Bréfritari: Ásgeir Tryggvi Friðgeirsson
Viðtakandi: Einar Friðgeirsson
Dagsetning: A-1896-08-23
Skrifað á: Bíldudal  V-Barð.
Ásgeir er bróðir Einars

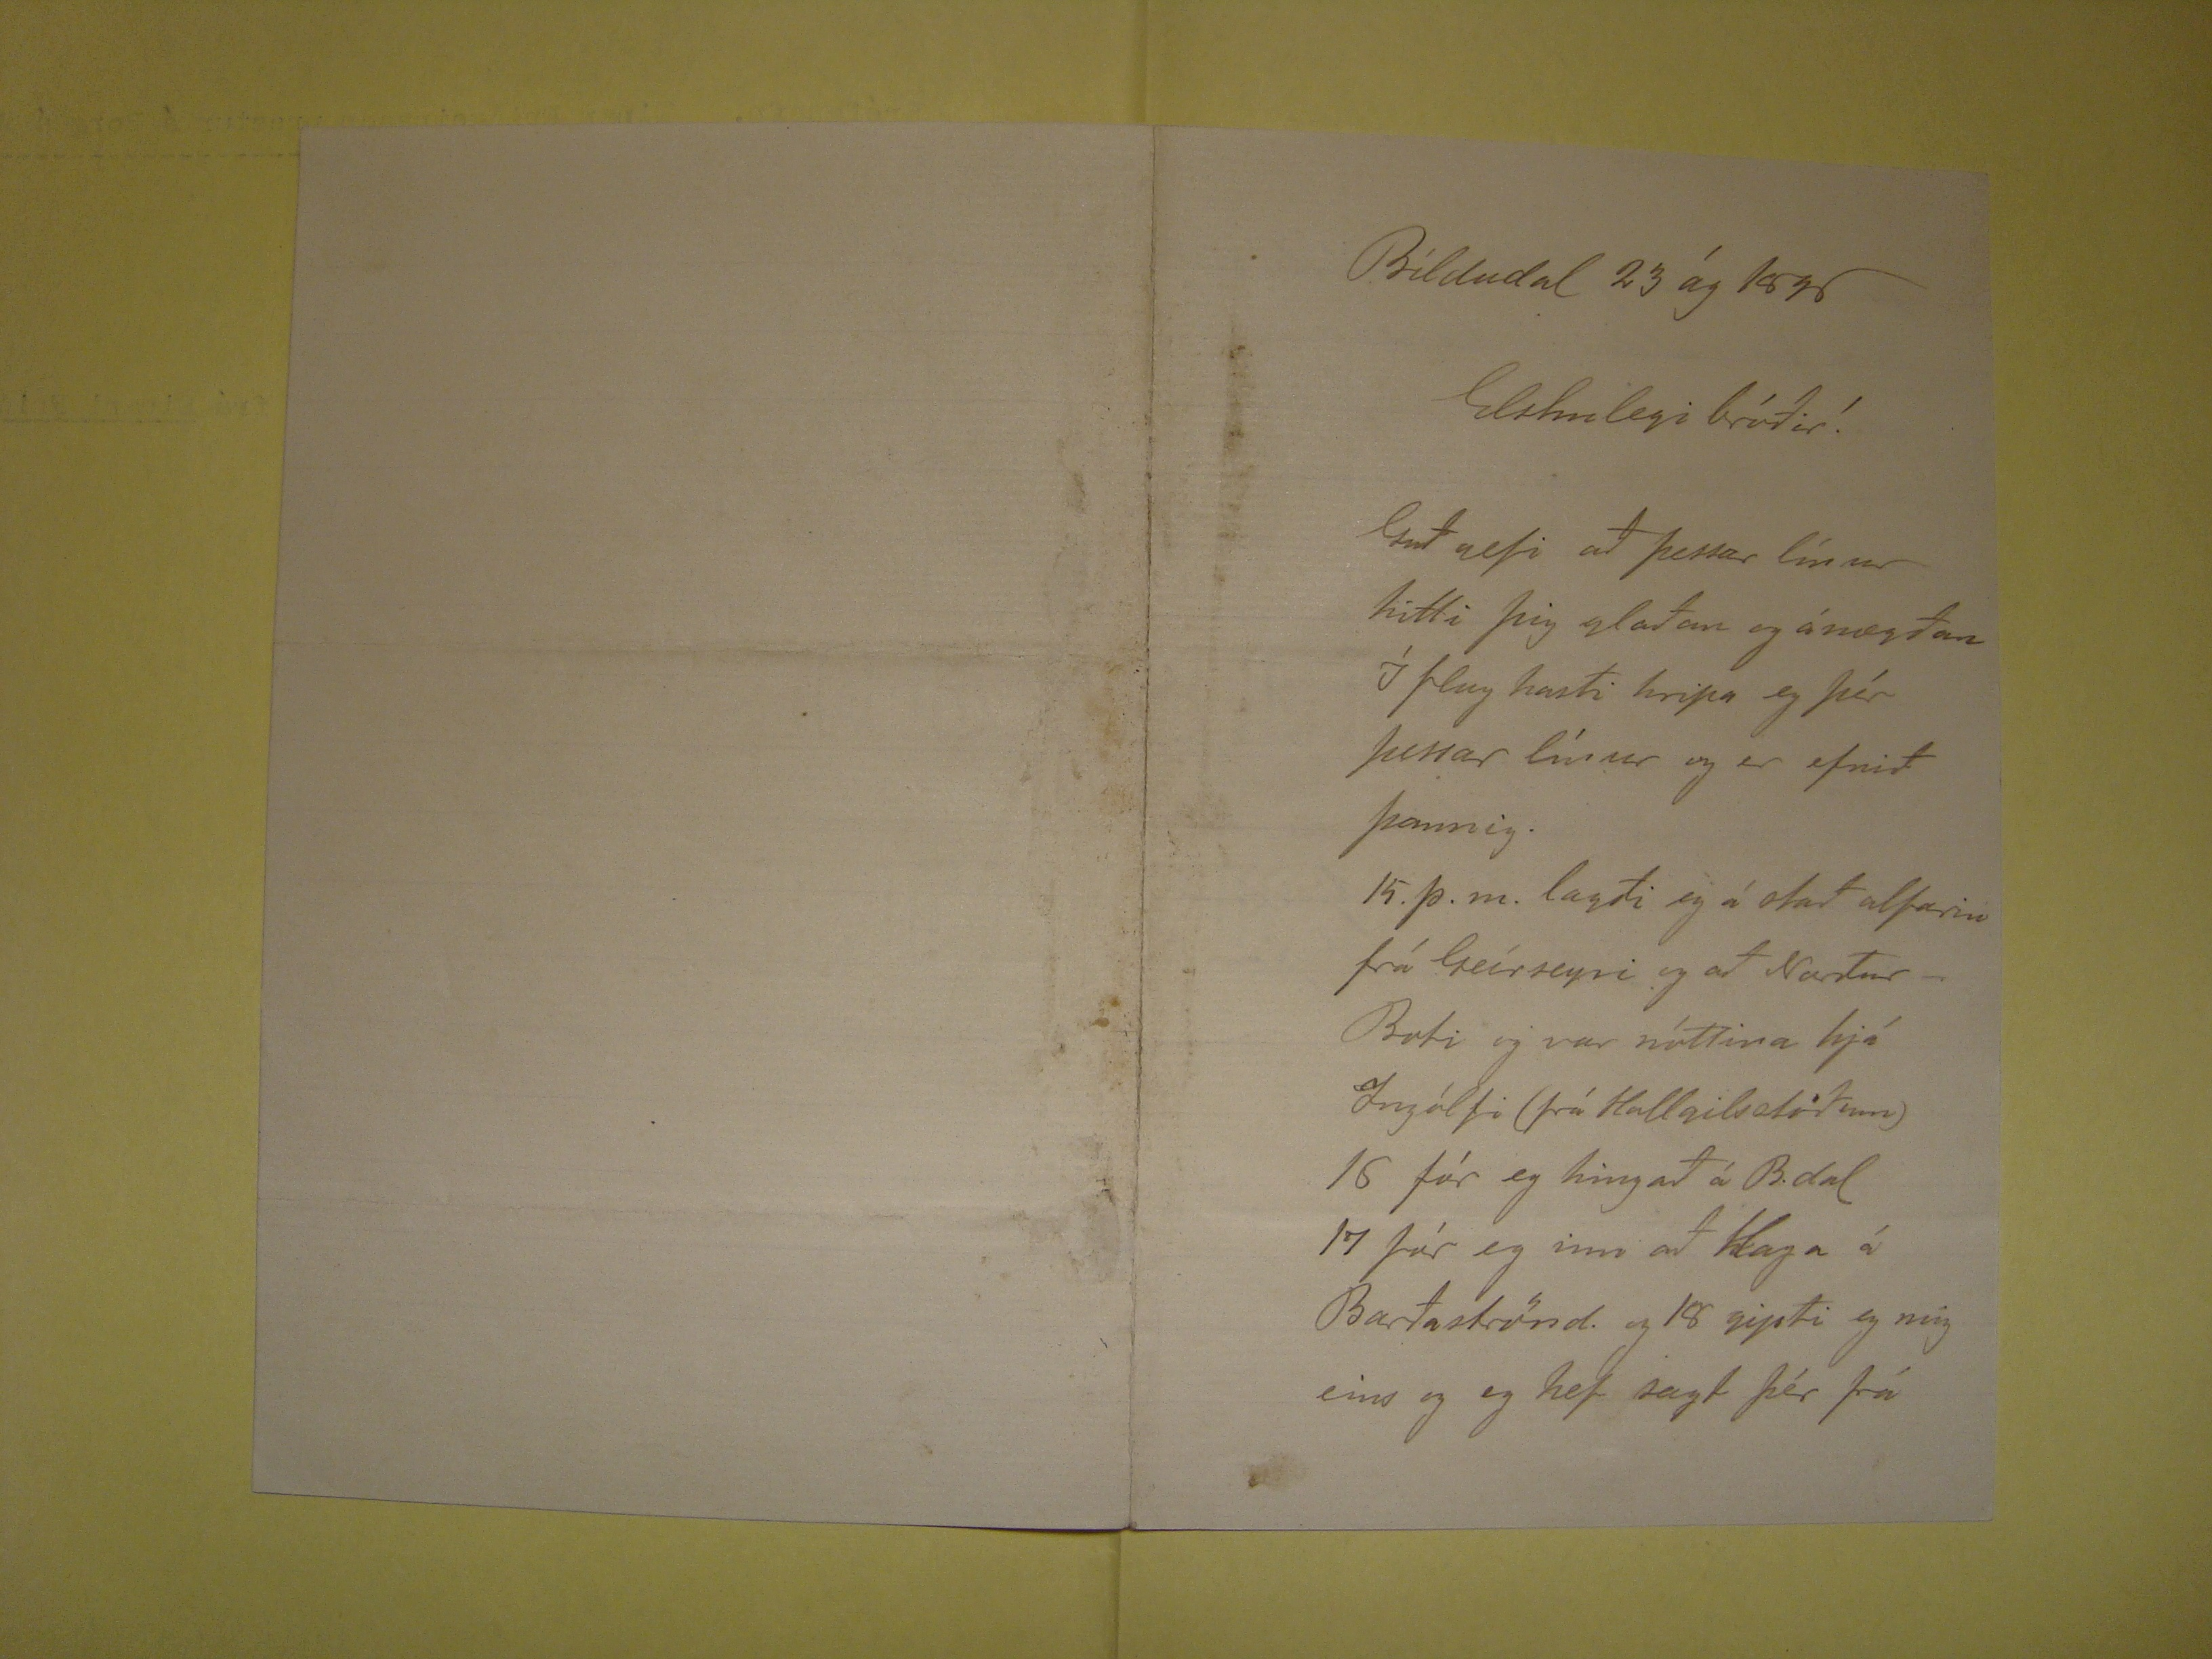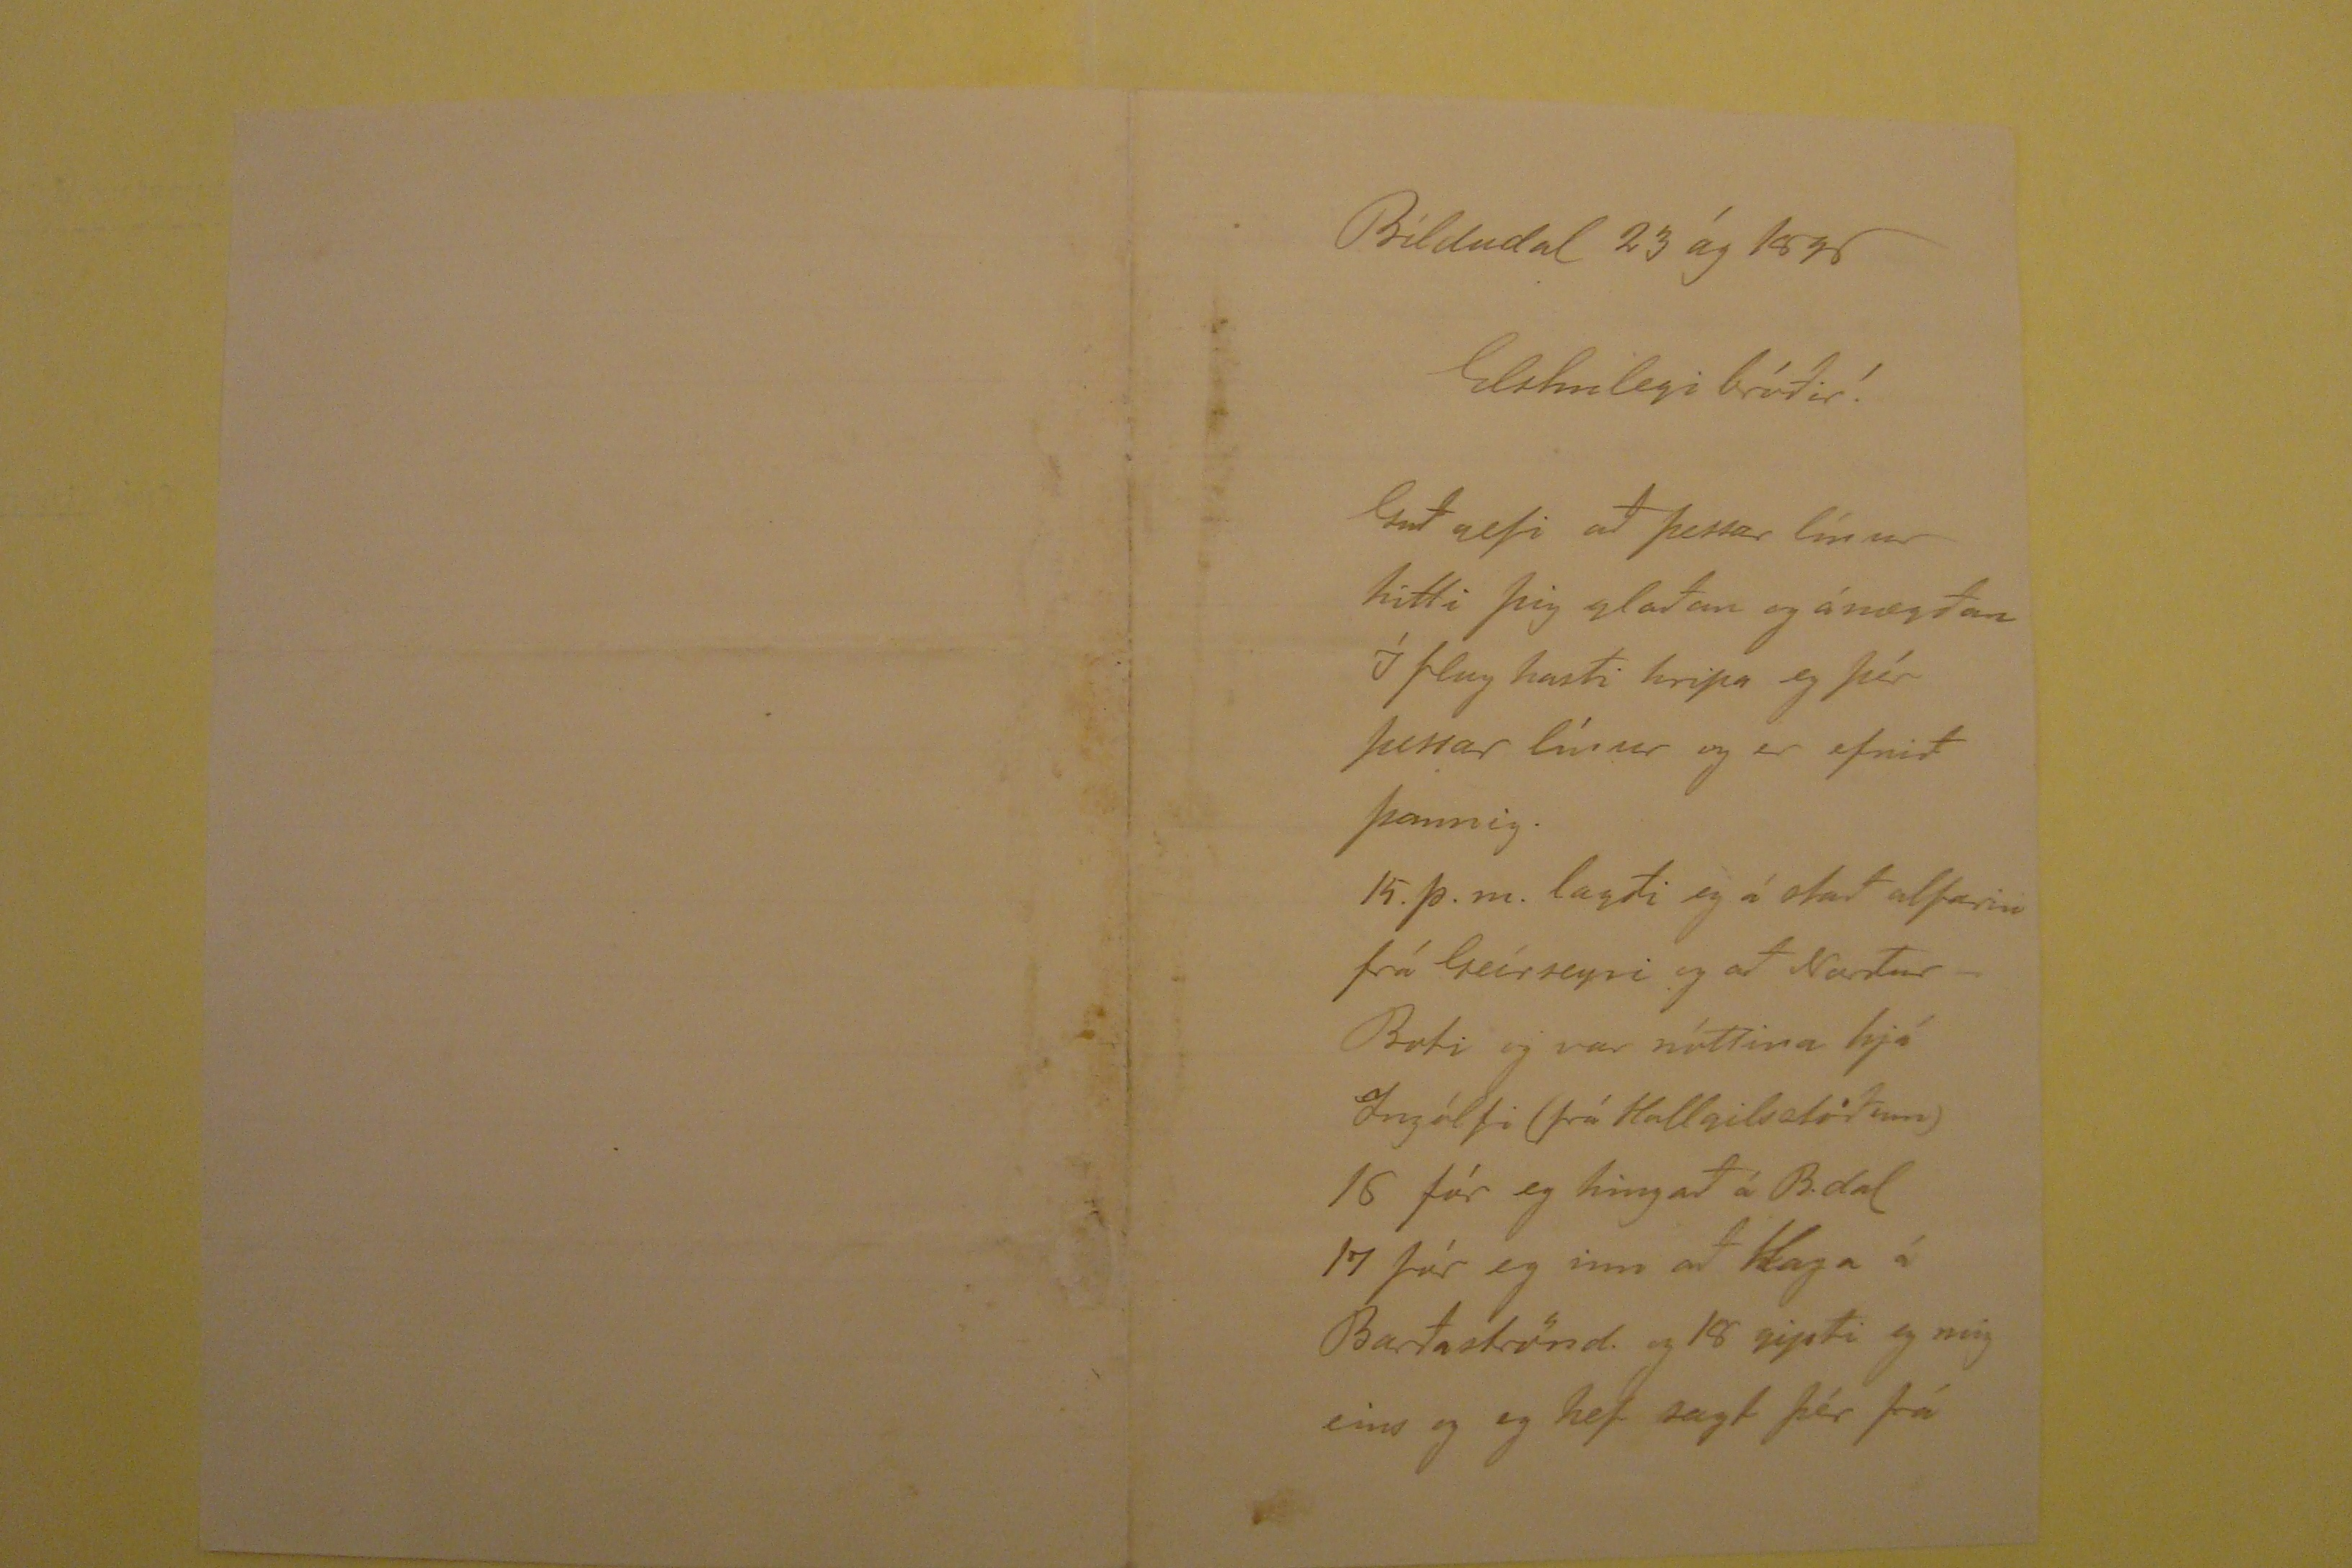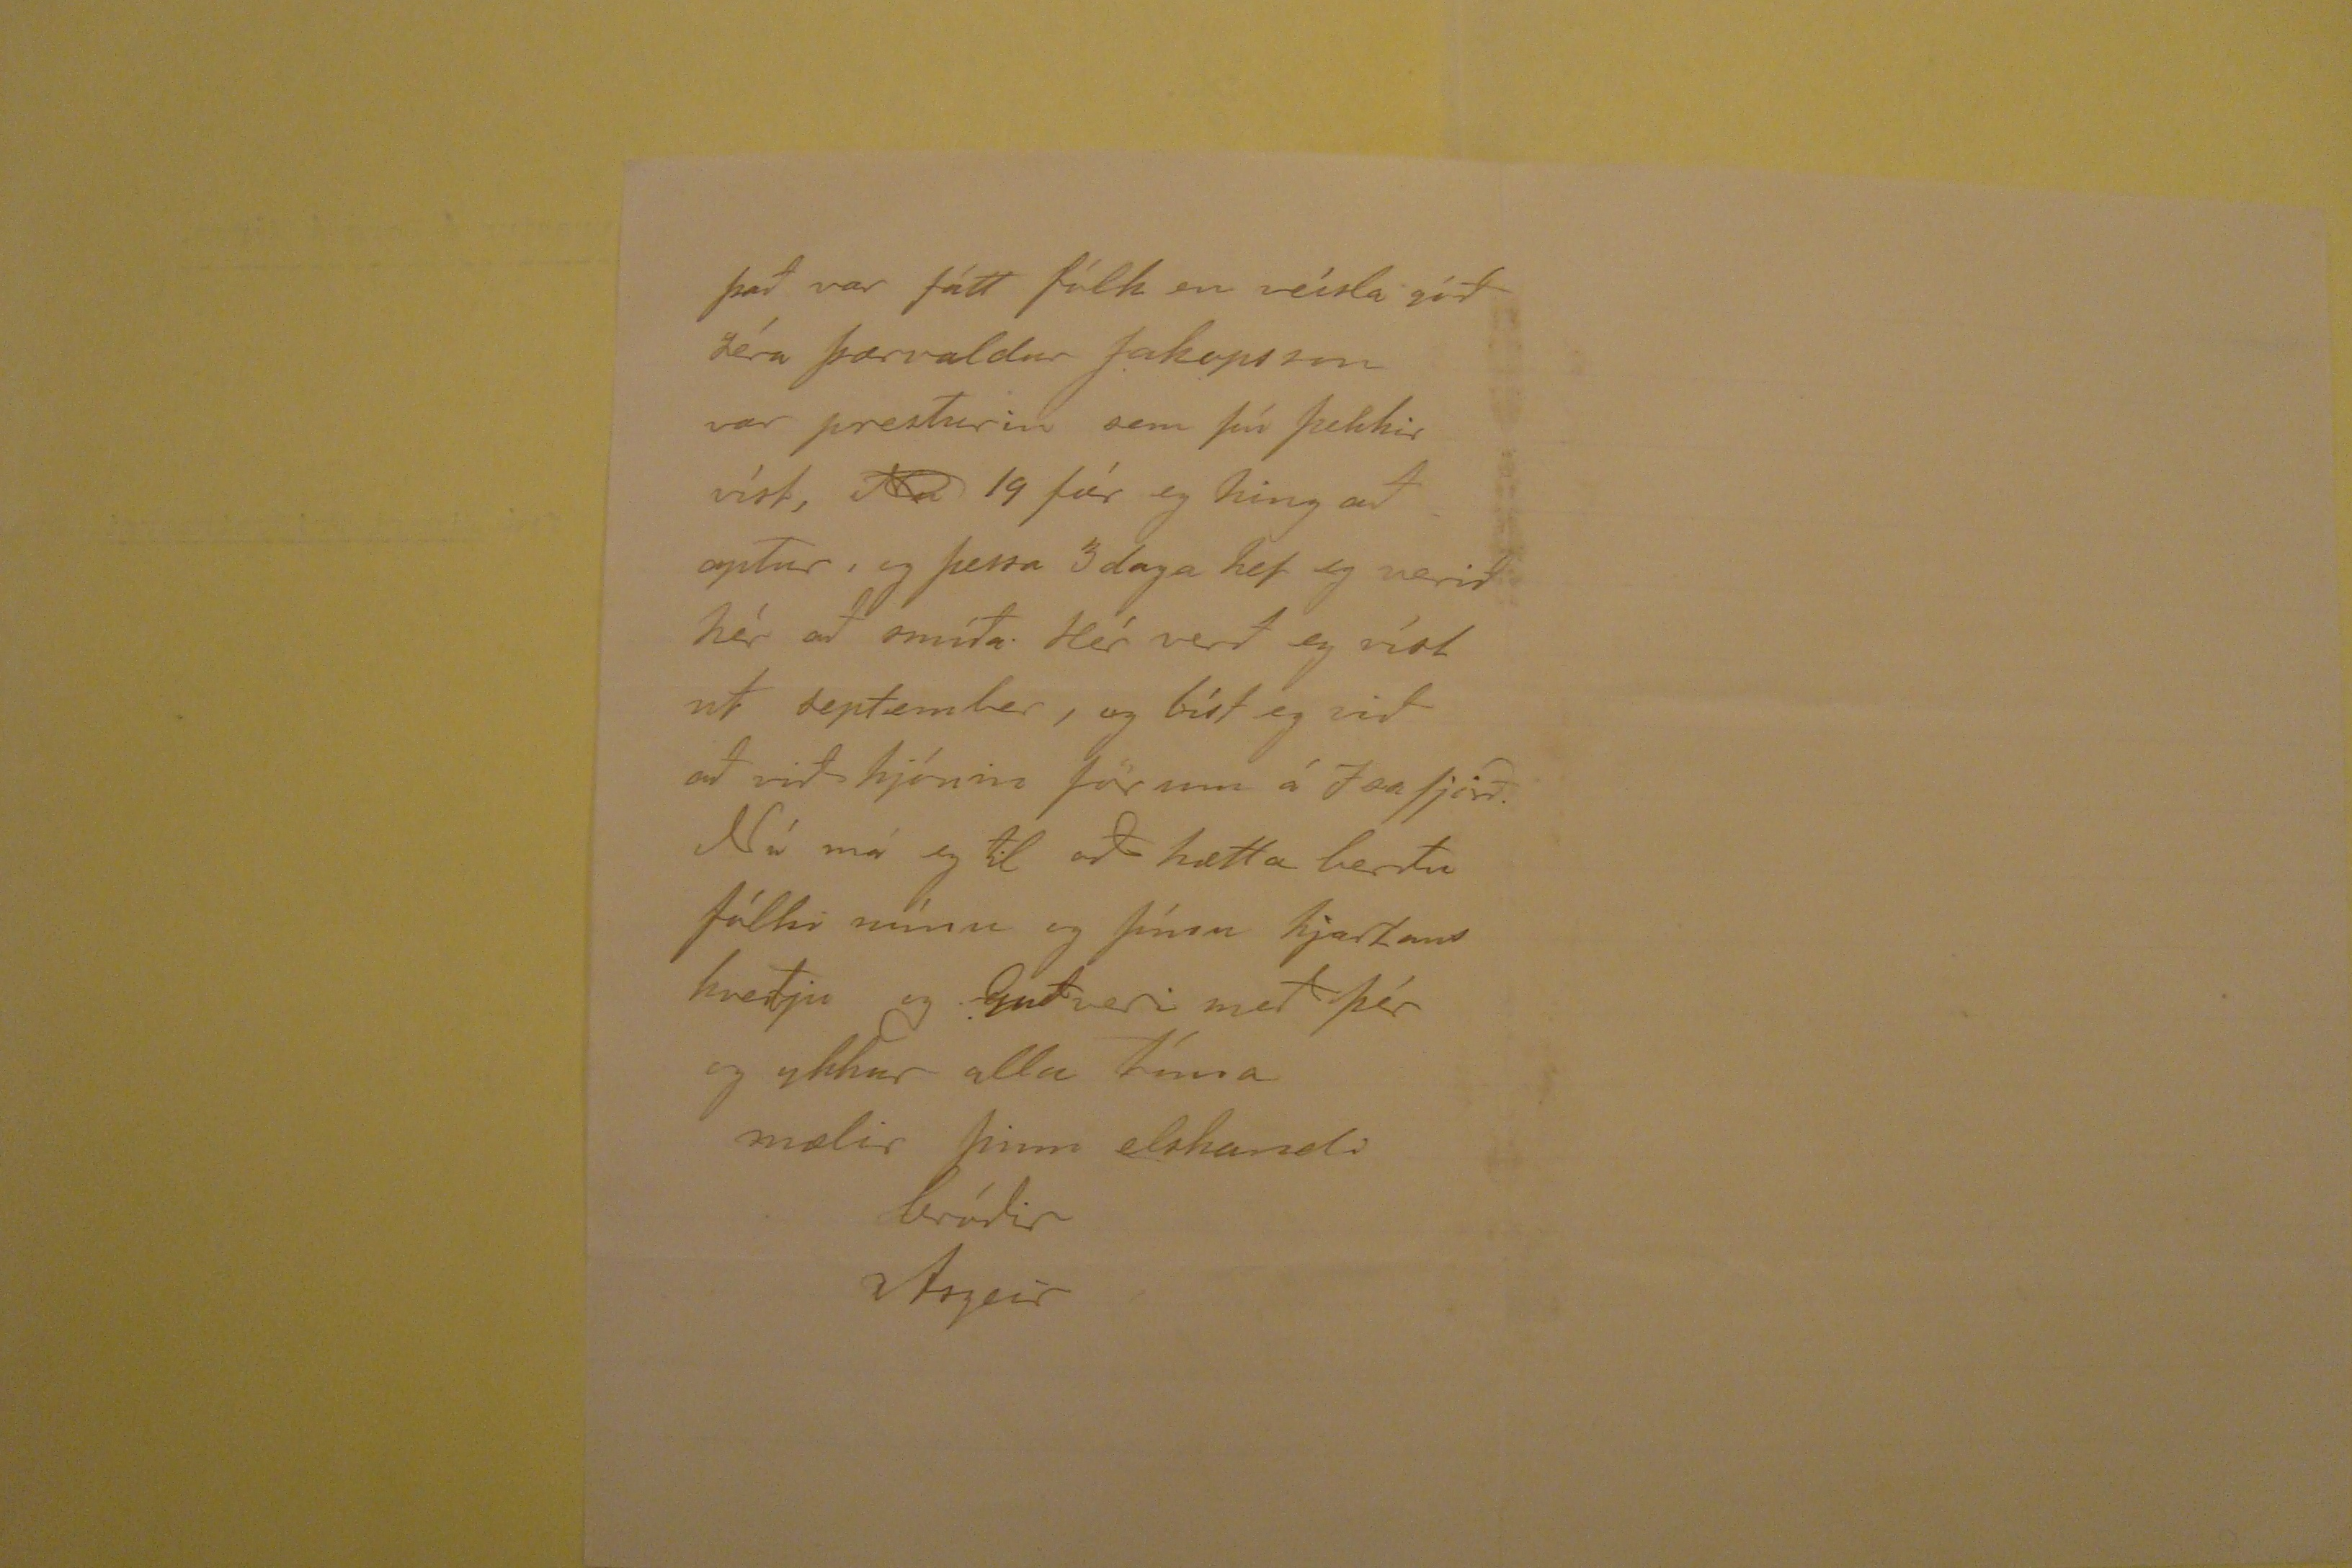

Bíldudal 23 ág 1896
Elskulegi bróðir!
Guð gefi að þessar línur hitti þig glaðan og ánægðan Í flug hasti hripa eg þér þessar línur og er efnið þannig. 15. þ.m. lagði eg á stað alfarin frá Geírseyri og að
Norður-Boti og var nóttina hjá Ingólfi (frá Hallgilsstöðum) 16 fór eg hingað á B.dal 17 fór eg inn að Haga á Barðaströnd. og 18 gipti eg mig eins og eg hef sagt þér frá
það var fátt fólk en veísla góð séra Þorvaldur Jakopson var presturin sem þú þekkir víst,
Na
19 fór eg hingað aptur,
og þessa 3 daga hef eg verið hér að smíða. Hér verð eg víst ut september, og bíst eg við að við hjónin förum á Isafjörð. Nú má eg til að hætta berðu fólki mínu og þínu
hjartans kveðju og Guð veri með þér og ykkur alla tíma
mælir þinn elskandi bróðir
Ásgeir